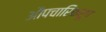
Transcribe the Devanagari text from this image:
औपचारिकरूप